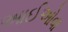
આઈઓવા